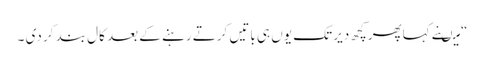
“ میںنے کہاپھرکچھ دیر تک یوں ہی باتیں کرتے رہنے کے بعد کال بند کر دی ۔